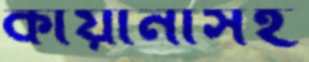
কায়ানীসহ